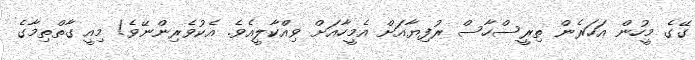
ގޭގެ މީހުން އަހަރެން ތިރީސްހާސް ރުފިޔާއަށް އެމީހާއަށް ވިއްކާލީއެވެ. އެކުވެރިންނޭވެ! މިއީ ގާތްތިމާގެ